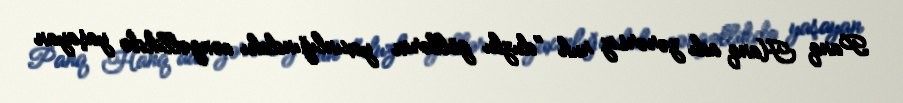
Panq Hanq adı zərərsiz ruh "duzlu göllərin yaxınlığındakı cəngəllikdə yaşayan